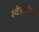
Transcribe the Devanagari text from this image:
श्वेतलोगों